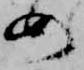
め